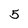
Character: 5